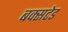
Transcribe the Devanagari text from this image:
बक्सटेड